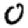
Digit: 0